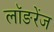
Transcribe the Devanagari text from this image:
लॉङरेंज